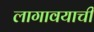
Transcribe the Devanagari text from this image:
लागावयाची